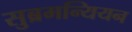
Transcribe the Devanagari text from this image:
सुब्रमन्यियन